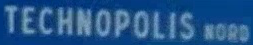
TECHNOPOLIS_NORD